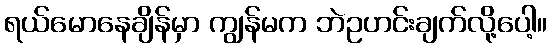
ရယ်မောနေချိန်မှာ ကျွန်မက ဘဲဥဟင်းချက်လို့ပေါ့။